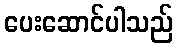
ပေးဆောင်ပါသည်